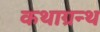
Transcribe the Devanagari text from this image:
कथाग्रन्थ